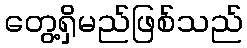
တွေ့ရှိမည်ဖြစ်သည်